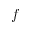
f